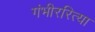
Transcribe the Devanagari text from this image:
गंभीररित्या